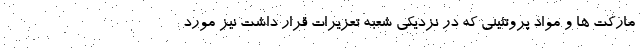
مارکت ها و مواد پروتئینی که در نزدیکی شعبه تعزیرات قرار داشت نیز مورد